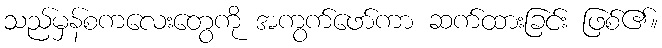
သည်မှန်စကလေးတွေကို အကွက်ဖော်ကာ ဆက်ထားခြင်း ဖြစ်၏။